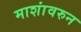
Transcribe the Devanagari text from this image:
माशांवरुन